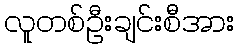
လူတစ်ဦးချင်းစီအား